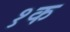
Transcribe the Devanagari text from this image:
१क